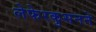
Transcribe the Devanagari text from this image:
लेफेरकुसनने